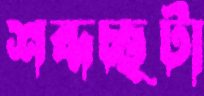
শব্দচ্ছটা